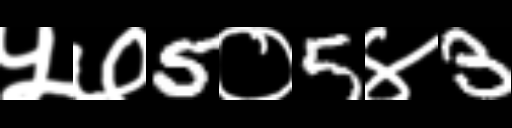
Text: ५७5०5४3